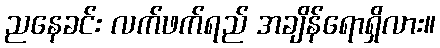
ညနေခင်း လက်ဖက်ရည် အချိန်ရောရှိလား။